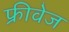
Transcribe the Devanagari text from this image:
फ्रीवेज